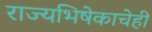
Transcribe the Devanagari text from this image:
राज्यभिषेकाचेही